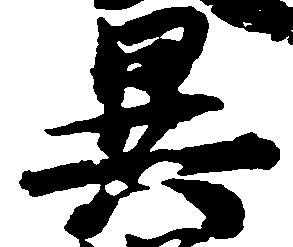
異